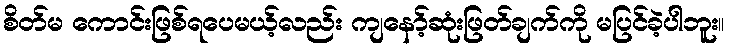
စိတ်မ ကောင်းဖြစ်ရပေမယ့်လည်း ကျနော့်ဆုံးဖြတ်ချက်ကို မပြင်ခဲ့ပါဘူး။